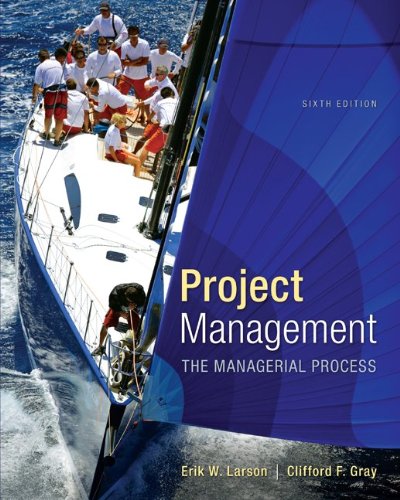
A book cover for Project Management: The Managerial Process with MS Project (The Mcgraw-Hill Series Operations and Decision Sciences); Erik Larson; Business & Money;